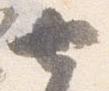
七